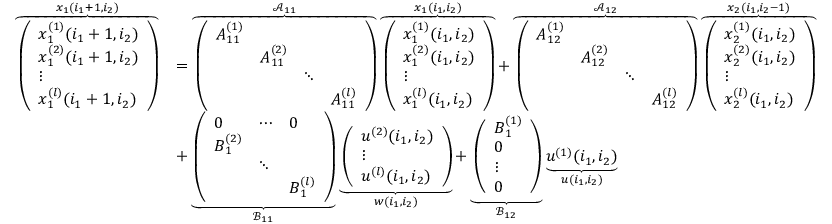
\begin{array} { r l } { \overbrace { \left( \begin{array} { l } { x _ { 1 } ^ { ( 1 ) } ( i _ { 1 } + 1 , i _ { 2 } ) } \\ { x _ { 1 } ^ { ( 2 ) } ( i _ { 1 } + 1 , i _ { 2 } ) } \\ { \vdots } \\ { x _ { 1 } ^ { ( l ) } ( i _ { 1 } + 1 , i _ { 2 } ) } \end{array} \right) } ^ { x _ { 1 } ( i _ { 1 } + 1 , i _ { 2 } ) } } & { = \overbrace { \left( \begin{array} { l l l l } { \boldsymbol { A } _ { 1 1 } ^ { ( 1 ) } } & & & \\ & { \boldsymbol { A } _ { 1 1 } ^ { ( 2 ) } } & & \\ & & { \ddots } & \\ & & & { \boldsymbol { A } _ { 1 1 } ^ { ( l ) } } \end{array} \right) } ^ { \mathcal { A } _ { 1 1 } } \overbrace { \left( \begin{array} { l } { x _ { 1 } ^ { ( 1 ) } ( i _ { 1 } , i _ { 2 } ) } \\ { x _ { 1 } ^ { ( 2 ) } ( i _ { 1 } , i _ { 2 } ) } \\ { \vdots } \\ { x _ { 1 } ^ { ( l ) } ( i _ { 1 } , i _ { 2 } ) } \end{array} \right) } ^ { x _ { 1 } ( i _ { 1 } , i _ { 2 } ) } + \overbrace { \left( \begin{array} { l l l l } { \boldsymbol { A } _ { 1 2 } ^ { ( 1 ) } } & & & \\ & { \boldsymbol { A } _ { 1 2 } ^ { ( 2 ) } } & & \\ & & { \ddots } & \\ & & & { \boldsymbol { A } _ { 1 2 } ^ { ( l ) } } \end{array} \right) } ^ { \mathcal { A } _ { 1 2 } } \overbrace { \left( \begin{array} { l } { x _ { 2 } ^ { ( 1 ) } ( i _ { 1 } , i _ { 2 } ) } \\ { x _ { 2 } ^ { ( 2 ) } ( i _ { 1 } , i _ { 2 } ) } \\ { \vdots } \\ { x _ { 2 } ^ { ( l ) } ( i _ { 1 } , i _ { 2 } ) } \end{array} \right) } ^ { x _ { 2 } ( i _ { 1 } , i _ { 2 } - 1 ) } } \\ & { + \underbrace { \left( \begin{array} { l l l } { 0 } & { \cdots } & { 0 } \\ { \boldsymbol { B } _ { 1 } ^ { ( 2 ) } } & & \\ & { \ddots } & \\ & & { \boldsymbol { B } _ { 1 } ^ { ( l ) } } \end{array} \right) } _ { \mathcal { B } _ { 1 1 } } \underbrace { \left( \begin{array} { l } { u ^ { ( 2 ) } ( i _ { 1 } , i _ { 2 } ) } \\ { \vdots } \\ { u ^ { ( l ) } ( i _ { 1 } , i _ { 2 } ) } \end{array} \right) } _ { w ( i _ { 1 } , i _ { 2 } ) } + \underbrace { \left( \begin{array} { l } { \boldsymbol { B } _ { 1 } ^ { ( 1 ) } } \\ { 0 } \\ { \vdots } \\ { 0 } \end{array} \right) } _ { \mathcal { B } _ { 1 2 } } \underbrace { u ^ { ( 1 ) } ( i _ { 1 } , i _ { 2 } ) } _ { u ( i _ { 1 } , i _ { 2 } ) } } \end{array}